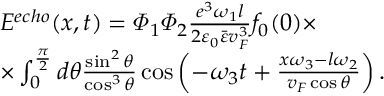
\begin{array} { r l } & { E ^ { e c h o } ( x , t ) = \varPhi _ { 1 } \varPhi _ { 2 } \frac { e ^ { 3 } \omega _ { 1 } l } { 2 \varepsilon _ { 0 } \bar { \varepsilon } v _ { F } ^ { 3 } } f _ { 0 } ( 0 ) \times } \\ & { \times \int _ { 0 } ^ { \frac { \pi } { 2 } } d \theta \frac { \sin ^ { 2 } \theta } { \cos ^ { 3 } \theta } \cos \left( - \omega _ { 3 } t + \frac { x \omega _ { 3 } - l \omega _ { 2 } } { v _ { F } \cos \theta } \right) . } \end{array}